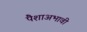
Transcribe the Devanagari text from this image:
पैशाअभावी